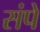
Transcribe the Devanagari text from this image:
संपे